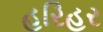
હરિહર